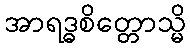
အာရဒ္ဓစိတ္တောသ္မိ